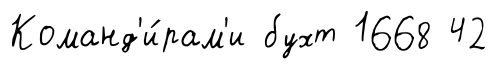
Команд'и́рам'и бухт 1668 42